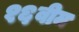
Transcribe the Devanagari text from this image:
१६वीम